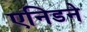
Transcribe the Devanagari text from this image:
एनिडने